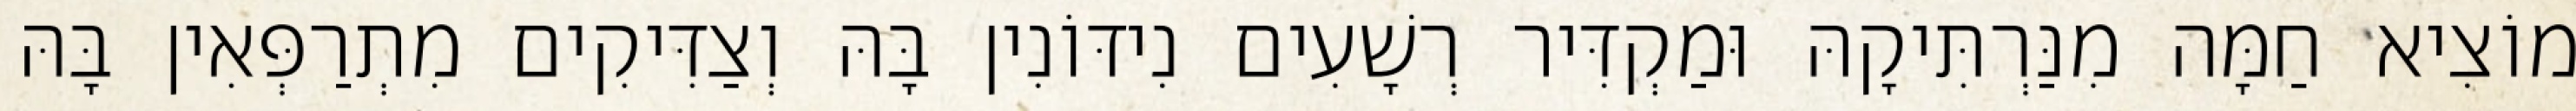
מוֹצִיא חַמָּה מִנַּרְתִּיקָהּ וּמַקְדִּיר רְשָׁעִים נִידּוֹנִין בָּהּ וְצַדִּיקִים מִתְרַפְּאִין בָּהּ